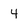
Character: 4